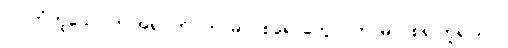
၁၁-ဘုံဟူသော ဤအရပ်ကို။ ကာမာဝစရောတွေဝ၊ ကာမာဝစရ ဟူ၍သာ။